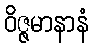
ဝိဇ္ဇမာနာနံ